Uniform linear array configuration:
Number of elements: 48
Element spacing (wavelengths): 0.5
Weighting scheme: uniform
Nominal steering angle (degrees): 30
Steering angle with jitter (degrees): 30.894
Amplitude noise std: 0.05
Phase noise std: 0.05

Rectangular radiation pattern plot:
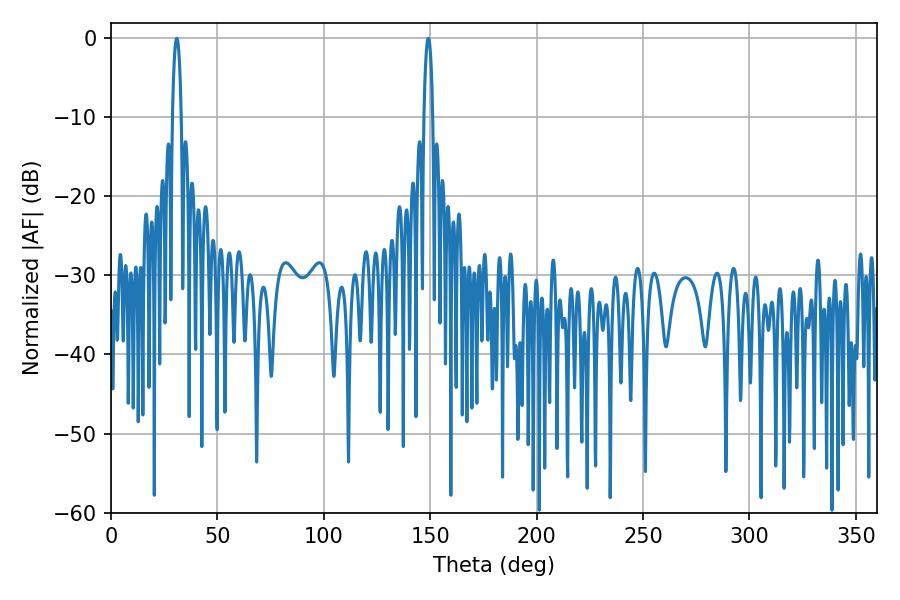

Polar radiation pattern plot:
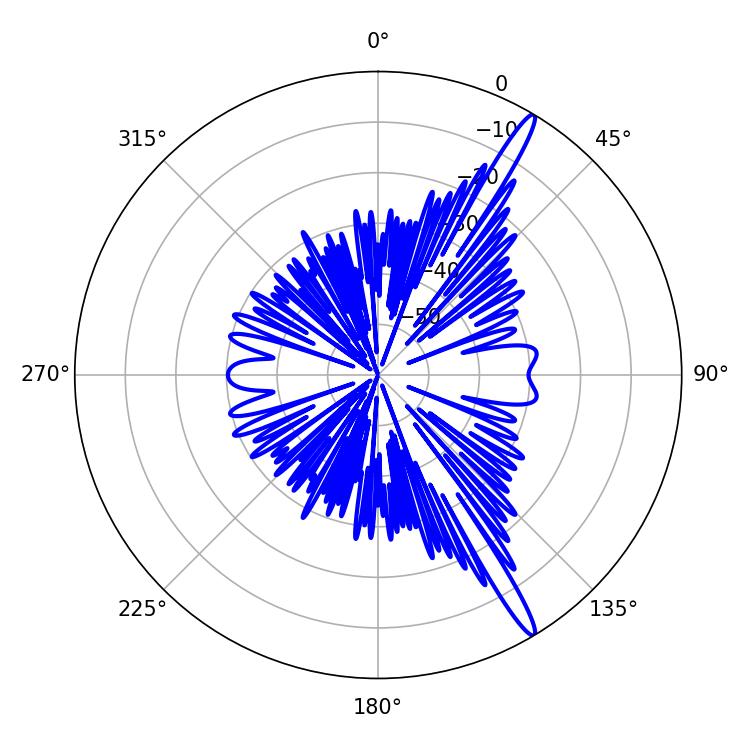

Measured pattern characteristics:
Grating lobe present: FALSE
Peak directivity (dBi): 16.049
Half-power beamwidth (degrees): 2.34
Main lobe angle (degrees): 149.04